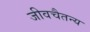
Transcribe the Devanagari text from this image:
जीवचैतन्य